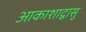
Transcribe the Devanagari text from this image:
आकाशाद्वासु